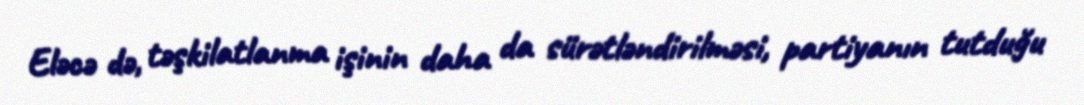
Eləcə də, təşkilatlanma işinin daha da sürətləndirilməsi, partiyanın tutduğu